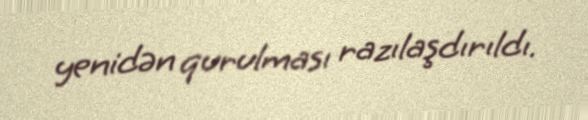
yenidən qurulması razılaşdırıldı.